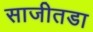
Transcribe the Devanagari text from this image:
साजीतडा